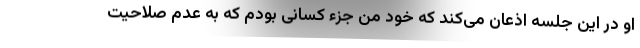
او در این جلسه اذعان می‌کند که خود من جزء کسانی بودم که به عدم صلاحیت